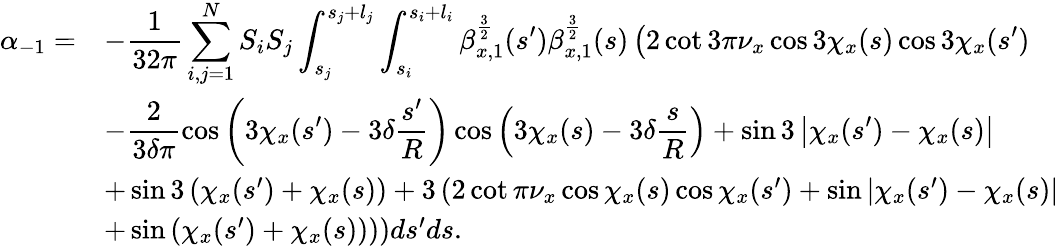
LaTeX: \begin{array}{cl}{\displaystyle\alpha_{-1}=}&{\displaystyle-\frac{1}{32\pi}\sum_{i,j=1}^{N}{S_{i}S_{j}\int_{s_{j}}^{s_{j}+l_{j}}\int_{s_{i}}^{s_{i}+l_{i}}{\beta_{x,1}^{\frac{3}{2}}(s^{\prime})\beta_{x,1}^{\frac{3}{2}}(s)\left(2\cot{3\pi\nu_{x}}\cos{3\chi_{x}(s)}\cos{3\chi_{x}(s^{\prime})}\right.}}}\\ &{\displaystyle-\frac{2}{3\delta\pi}\cos{\left(3\chi_{x}(s^{\prime})-3\delta\frac{s^{\prime}}{R}\right)}\cos{\left(3\chi_{x}(s)-3\delta\frac{s}{R}\right)}+\sin{3\left|\chi_{x}(s^{\prime})-\chi_{x}(s)\right|}}\\ &{\left.+\sin{3\left(\chi_{x}(s^{\prime})+\chi_{x}(s)\right)}+3\left(2\cot{\pi\nu_{x}}\cos{\chi_{x}(s)}\cos{\chi_{x}(s^{\prime})}+\sin{\left|\chi_{x}(s^{\prime})-\chi_{x}(s)\right|}\right.\right.}\\ &{\left.\left.+\sin{\left(\chi_{x}(s^{\prime})+\chi_{x}(s)\right)}\right)\right)ds^{\prime}ds.}\end{array}